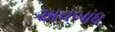
અવબાધ